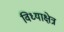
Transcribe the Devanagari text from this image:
विध्याक्षेत्र